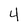
Character: 4